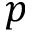
p